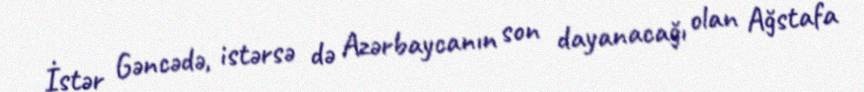
İstər Gəncədə, istərsə də Azərbaycanın son dayanacağı olan Ağstafa